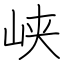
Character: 峡